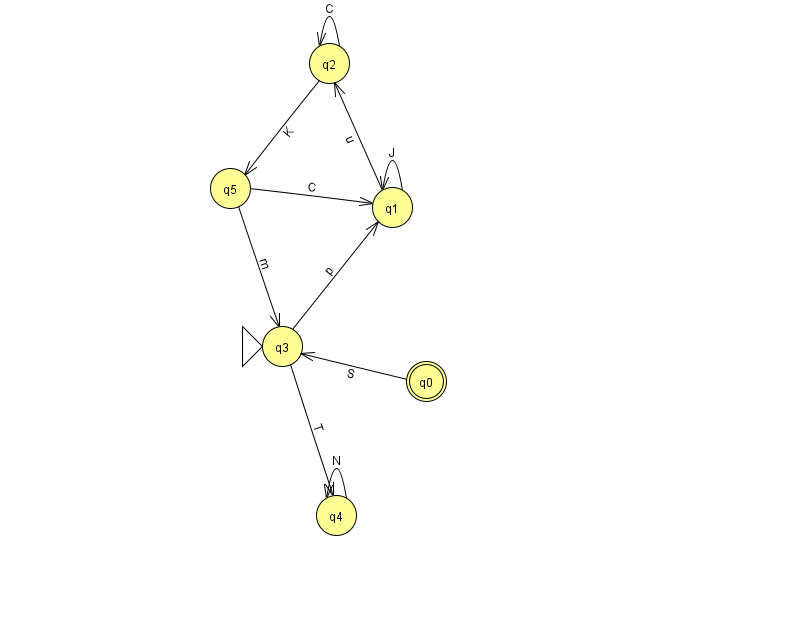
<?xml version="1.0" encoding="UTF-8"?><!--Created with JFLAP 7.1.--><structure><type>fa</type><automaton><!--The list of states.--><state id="0" name="q0"><x>426.0</x><y>368.0</y><final/></state><state id="1" name="q1"><x>392.0</x><y>194.0</y></state><state id="2" name="q2"><x>329.0</x><y>50.0</y></state><state id="3" name="q3"><x>282.0</x><y>333.0</y><initial/></state><state id="4" name="q4"><x>336.0</x><y>502.0</y></state><state id="5" name="q5"><x>230.0</x><y>175.0</y></state><!--The list of transitions.--><transition><from>1</from><to>2</to><read>u</read></transition><transition><from>2</from><to>2</to><read>C</read></transition><transition><from>2</from><to>5</to><read>K</read></transition><transition><from>0</from><to>3</to><read>S</read></transition><transition><from>3</from><to>1</to><read>p</read></transition><transition><from>3</from><to>4</to><read>T</read></transition><transition><from>5</from><to>1</to><read>C</read></transition><transition><from>1</from><to>1</to><read>J</read></transition><transition><from>4</from><to>4</to><read>N</read></transition><transition><from>5</from><to>3</to><read>m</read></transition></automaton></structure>